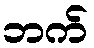
ဘက်